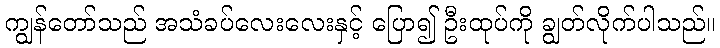
ကျွန်တော်သည် အသံခပ်လေးလေးနှင့် ပြော၍ ဦးထုပ်ကို ချွတ်လိုက်ပါသည်။